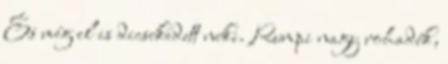
És még el is dicsekedett neki. Rumpi nagy rohadék,